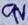
Text: 9V